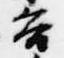
谷